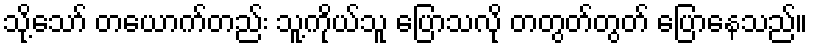
သို့သော် တယောက်တည်း သူ့ကိုယ်သူ ပြောသလို တတွတ်တွတ် ပြောနေသည်။